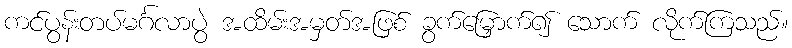
ကင်ပွန်းတပ်မင်္ဂလာပွဲ အထိမ်းအမှတ်အဖြစ် ခွက်မြှောက်၍ သောက် လိုက်ကြသည်။